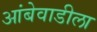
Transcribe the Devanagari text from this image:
आंबेवाडीला